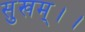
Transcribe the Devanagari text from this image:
सुखम्।।